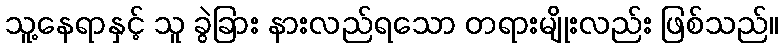
သူ့နေရာနှင့် သူ ခွဲခြား နားလည်ရသော တရားမျိုးလည်း ဖြစ်သည်။